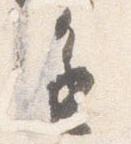
進